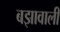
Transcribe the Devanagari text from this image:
बझावाली